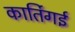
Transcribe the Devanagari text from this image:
कार्तिगई